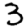
Digit: 3